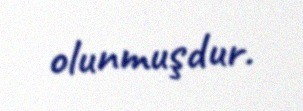
olunmuşdur.